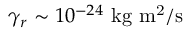
\gamma _ { r } \sim 1 0 ^ { - 2 4 } ~ \mathrm { k g ~ m ^ { 2 } / s }